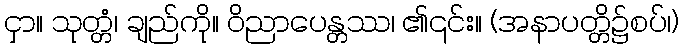
ငှာ။ သုတ္တံ၊ ချည်ကို။ ဝိညာပေန္တဿ၊ ၏၎င်း။ (အနာပတ္တိ၌စပ်၊)